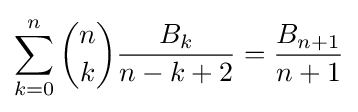
\sum _{k=0}^{n}{\binom {n}{k}}{\frac {B_{k}}{n-k+2}}={\frac {B_{n+1}}{n+1}}